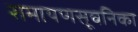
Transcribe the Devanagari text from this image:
रामायणसूचनिका